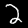
Digit: 2